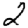
Digit: 2